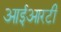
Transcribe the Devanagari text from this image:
आईआरटी